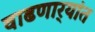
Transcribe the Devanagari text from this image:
वाढणार्‍यांत